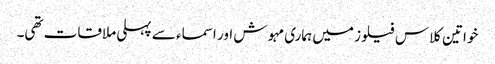
خواتین کلاس فیلوز میں ہماری مہوش اور اسماء سے پہلی ملاقات تھی۔